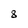
Character: 8